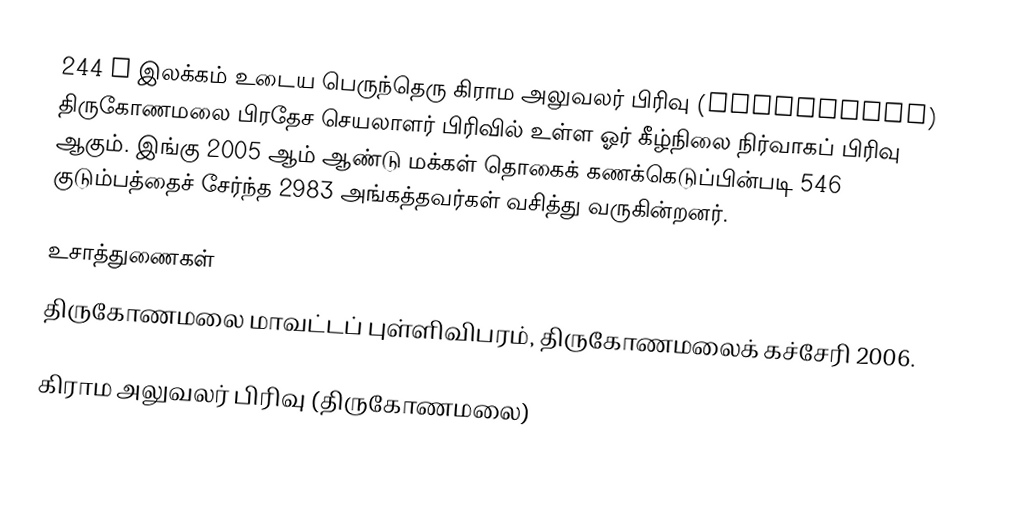
244 L இலக்கம் உடைய பெருந்தெரு கிராம அலுவலர் பிரிவு (Peruntheru) திருகோணமலை பிரதேச செயலாளர் பிரிவில் உள்ள ஓர் கீழ்நிலை நிர்வாகப் பிரிவு ஆகும். இங்கு 2005 ஆம் ஆண்டு மக்கள் தொகைக் கணக்கெடுப்பின்படி 546 குடும்பத்தைச் சேர்ந்த 2983 அங்கத்தவர்கள் வசித்து வருகின்றனர்.

உசாத்துணைகள்
திருகோணமலை மாவட்டப் புள்ளிவிபரம், திருகோணமலைக் கச்சேரி 2006.

கிராம அலுவலர் பிரிவு (திருகோணமலை)